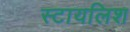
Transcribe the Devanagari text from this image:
स्टायलिश